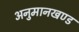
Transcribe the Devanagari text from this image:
अनुमानखण्ड